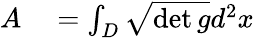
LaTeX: \begin{array}{rl}{A}&{{}=\int_{D}\sqrt{\operatorname*{det}g}d^{2}x}\end{array}